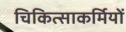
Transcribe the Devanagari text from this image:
चिकित्साकर्मियों